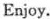
Enjoy.